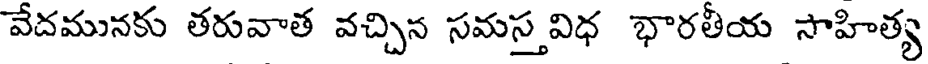
వేదమునకు తరువాత వచ్చిన సమస్త విధ భారతీయ సాహిత్య